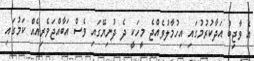
އެ ވާޖިބު އަދާކުރުމުގައި އިހުމާލުވެއްޖެ މީހަކީ ދެ ދުނިޔޭގައި ވެސް އަބާއްޖަވެރިއެއް ކަމުގައި